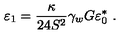
\varepsilon _ { 1 } = \frac { \kappa } { 2 4 S ^ { 2 } } \gamma _ { w } G \varepsilon _ { 0 } ^ { * } \ .